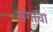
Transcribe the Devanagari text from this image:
संगाचा